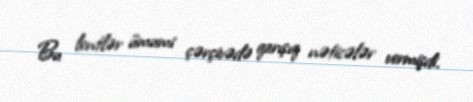
Bu lentlər ümumi çərçivədə qarışıq nəticələr vermişdi.